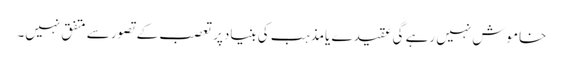
خاموش نہیں رہے گی عقیدے یامذہب کی بنیادپرتعصب کے تصورسے متفق نہیں۔